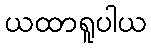
ယထာရူပါယ